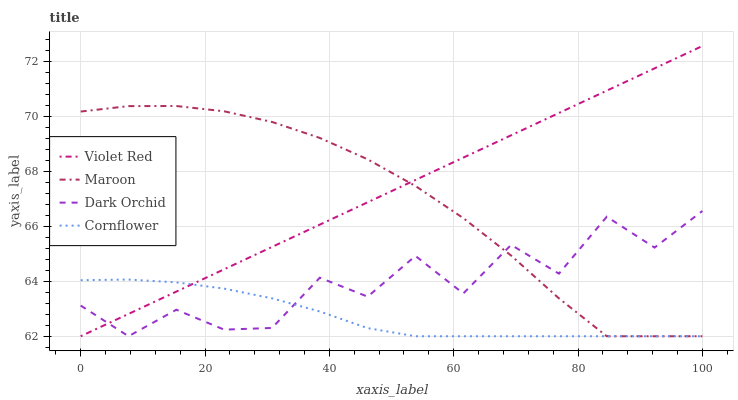
| xaxis_label | Violet Red | Maroon | Dark Orchid | Cornflower |
 | --- | --- | --- | --- | --- |
 | 0 | 62 | 70.2 | 63.1 | 64 |
 | 7.69 | 62.8 | 70.4 | 62 | 64.1 |
 | 15.4 | 63.6 | 70.4 | 63 | 64 |
 | 23.1 | 64.4 | 70.2 | 62.2 | 63.7 |
 | 30.8 | 65.2 | 69.8 | 62.3 | 63.4 |
 | 38.5 | 66.1 | 69.2 | 64.1 | 62.9 |
 | 46.2 | 66.9 | 68.4 | 63.4 | 62.3 |
 | 53.8 | 67.7 | 67.5 | 64.9 | 62 |
 | 61.5 | 68.5 | 66.3 | 63.6 | 62 |
 | 69.2 | 69.3 | 64.9 | 65.3 | 62 |
 | 76.9 | 70.1 | 63.4 | 64.3 | 62 |
 | 84.6 | 70.9 | 62 | 66.3 | 62 |
 | 92.3 | 71.7 | 62 | 65.2 | 62 |
 | 100 | 72.6 | 62 | 66.6 | 62 |